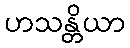
ဟသန္တိယာ